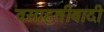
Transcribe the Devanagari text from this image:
वसाहतीवादी